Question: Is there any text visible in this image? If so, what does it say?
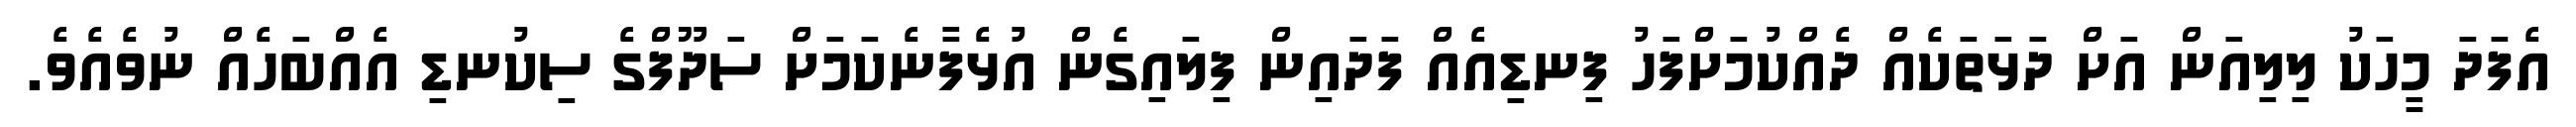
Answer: އެފަދަ މީހަކު ލިލިއަން އަށް ދަޅަތަކެއް ދެއްކުމަށްފަހު ފިނޑިއެއް ފަދައިން ފިލައިގެން އުޅެފާނެކަމަށް ސަދޫފްގެ ސިކުނޑި އެއްބަހެއް ނުވެއެވެ.